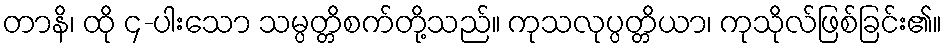
တာနိ၊ ထို ၄-ပါးသော သမ္ပတ္တိစက်တို့သည်။ ကုသလုပ္ပတ္တိယာ၊ ကုသိုလ်ဖြစ်ခြင်း၏။